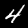
Label: 4